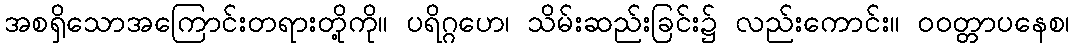
အစရှိသောအကြောင်းတရားတို့ကို။ ပရိဂ္ဂဟေ၊ သိမ်းဆည်းခြင်း၌ လည်းကောင်း။ ဝဝတ္တာပနေစ၊